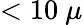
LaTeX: <10~\mu